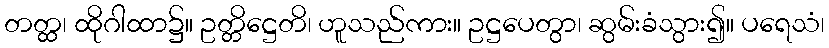
တတ္ထ၊ ထိုဂါထာ၌။ ဥတ္တိဋ္ဌေတိ၊ ဟူသည်ကား။ ဥဋ္ဌပေတွာ၊ ဆွမ်းခံသွား၍။ ပရေသံ၊